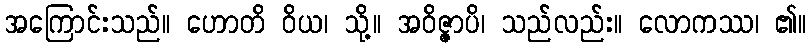
အကြောင်းသည်။ ဟောတိ ဝိယ၊ သို့။ အဝိဇ္ဇာပိ၊ သည်လည်း။ လောကဿ၊ ၏။